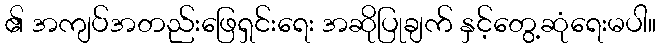
၏ အကျပ်အတည်းဖြေရှင်းရေး အဆိုပြုချက် နှင့်တွေ့ဆုံရေးမပါ။